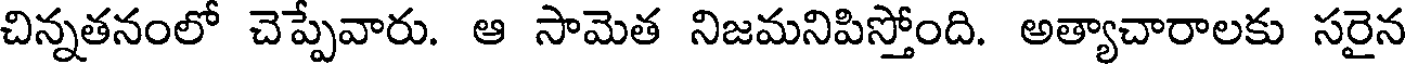
చిన్నతనంలో చెప్పేవారు. ఆ సామెత నిజమనిపిస్తోంది. అత్యాచారాలకు సరైన